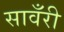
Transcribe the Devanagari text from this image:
सावँरी